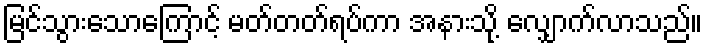
မြင်သွားသောကြောင့် မတ်တတ်ရပ်ကာ အနားသို့ လျှောက်လာသည်။